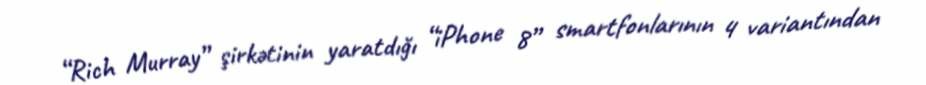
“Rich Murray” şirkətinin yaratdığı “iPhone 8” smartfonlarının 4 variantından